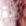
ردة